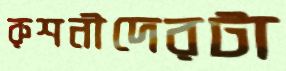
রুশনীদেরটা